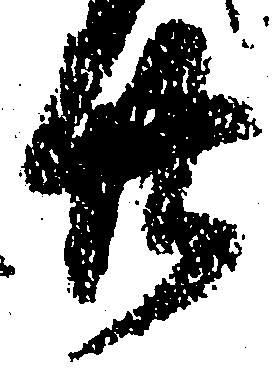
廿